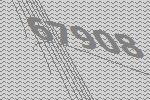
67908